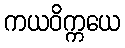
ကယဝိက္ကယေ